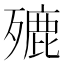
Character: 𣩏